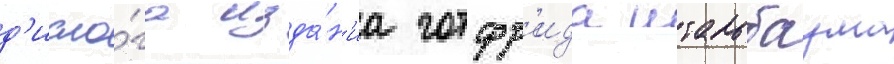
д'иало́га изда́н'иа готфр'ида штальбаума